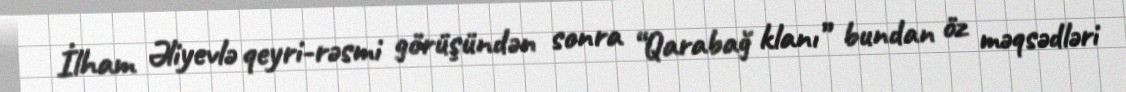
İlham Əliyevlə qeyri-rəsmi görüşündən sonra “Qarabağ klanı” bundan öz məqsədləri